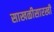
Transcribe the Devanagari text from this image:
साखळीसारखी